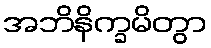
အဘိနိက္ခမိတွာ